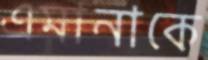
এমানাকে